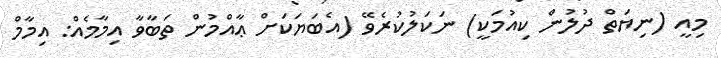
މިއީ (ނިޔަތް ދުލުން ކިއުމަކީ) ނަކަލުކުރެވޭ (އެބަޔަކަށް ޢާއްމުން ތަބާވާ އިމާމެއް: އިމާމް